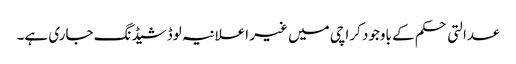
عدالتی حکم کے باوجود کراچی میں غیر اعلانیہ لوڈشیڈنگ جاری ہے۔